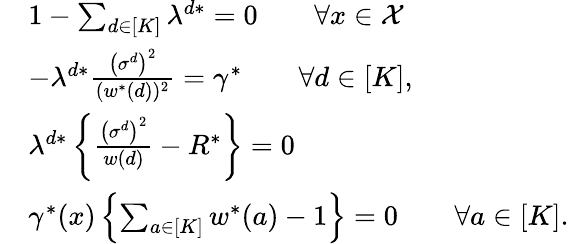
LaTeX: \begin{array}{rl}&{1-\sum_{d\in[K]}\lambda^{d*}=0\qquad\forall x\in\mathcal{X}}\\ &{-\lambda^{d*}\frac{\left(\sigma^{d}\right)^{2}}{(w^{*}(d))^{2}}=\gamma^{*}\qquad\forall d\in[K],}\\ &{\lambda^{d*}\left\{ \frac{\left(\sigma^{d}\right)^{2}}{w(d)}-R^{*}\right\} =0}\\ &{\gamma^{*}(x)\left\{ \sum_{a\in[K]}w^{*}(a)-1\right\} =0\qquad\forall a\in[K].}\end{array}